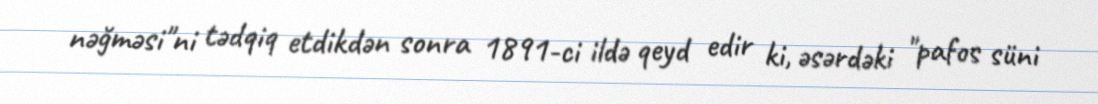
nəğməsi"ni tədqiq etdikdən sonra 1891-ci ildə qeyd edir ki, əsərdəki "pafos süni